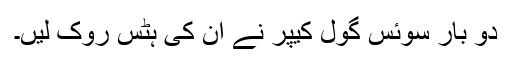
دو بار سوئس گول کیپر نے ان کی ہٹس روک لیں۔